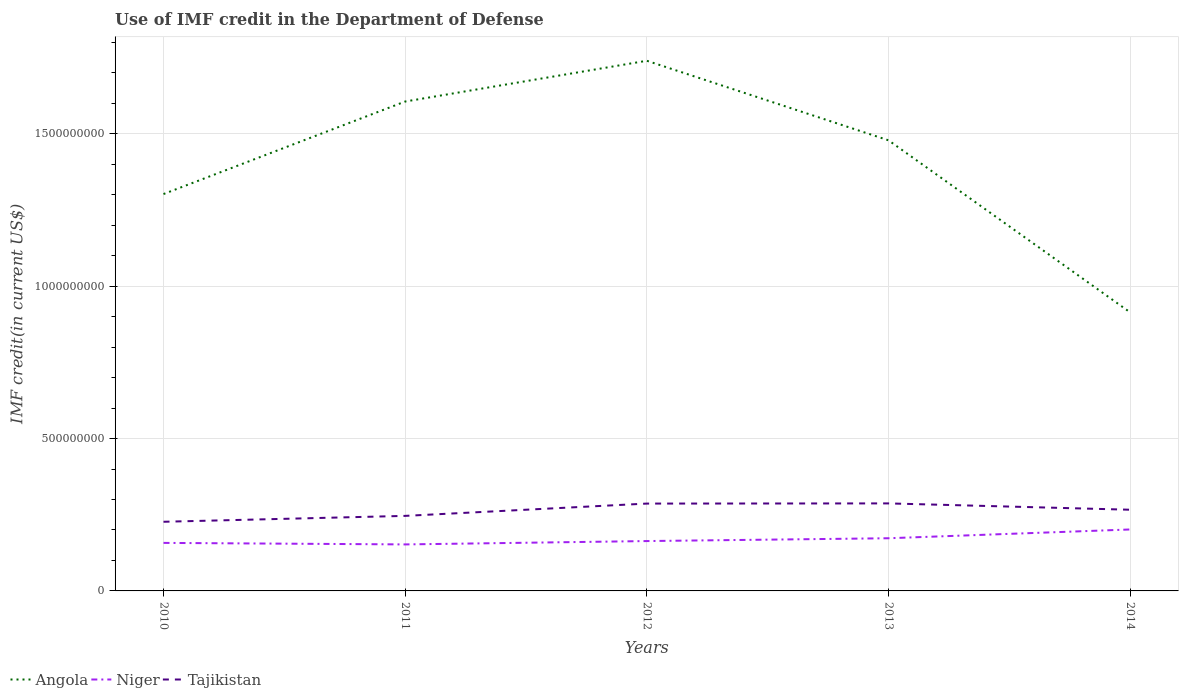
| Years | Angola | Niger | Tajikistan |
 | --- | --- | --- | --- |
 | 2010 | 1.3e+09 | 1.58e+08 | 2.27e+08 |
 | 2011 | 1.61e+09 | 1.53e+08 | 2.46e+08 |
 | 2012 | 1.74e+09 | 1.64e+08 | 2.87e+08 |
 | 2013 | 1.48e+09 | 1.73e+08 | 2.87e+08 |
 | 2014 | 9.14e+08 | 2.02e+08 | 2.66e+08 |